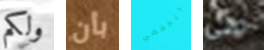
ولكم بأن انخفضي حتى